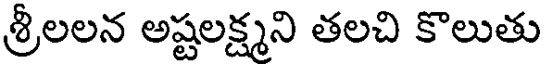
శ్రీలలన అష్టలక్ష్మని తలచి కొలుతు